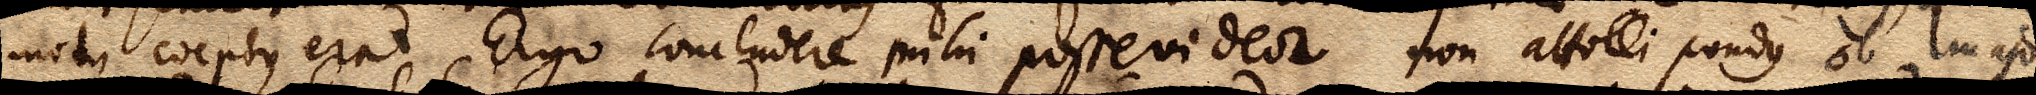
motus coeptus erat. Ergo concludere mihi posse videor non attolli pondus ob majo–